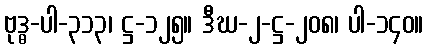
ဗုဒ္ဓ-ပါ-၃၁၃၊ ဋ္ဌ-၁၂၅။ ဒီဃ-၂-ဋ္ဌ-၂၀၈၊ ပါ-၁၄၀။